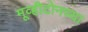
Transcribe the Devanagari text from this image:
मूव्हीटोनच्या